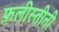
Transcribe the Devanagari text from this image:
फ़लीस्तीनी